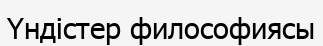
Үндістер философиясы